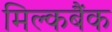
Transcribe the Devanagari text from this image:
मिल्कबैंक